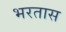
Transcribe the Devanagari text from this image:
भरतास